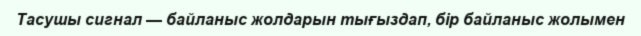
Тасушы сигнал — байланыс жолдарын тығыздап, бір байланыс жолымен